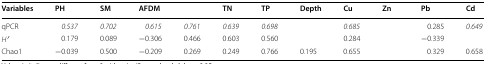
<table><thead><tr><td><b>Variables</b></td><td><b>PH</b></td><td><b>SM</b></td><td><b>AFDM</b></td><td>[EMPTY_CELL]</td><td><b>TN</b></td><td><b>TP</b></td><td><b>Depth</b></td><td><b>Cu</b></td><td><b>Zn</b></td><td><b>Pb</b></td><td><b>Cd</b></td></tr></thead><tbody><tr><td>qPCR</td><td><i>0.537</i></td><td><i>0.702</i></td><td><i>0.615</i></td><td><i>0.761</i></td><td><i>0.639</i></td><td><i>0.698</i></td><td>[EMPTY_CELL]</td><td><i>0.685</i></td><td>[EMPTY_CELL]</td><td>0.285</td><td><i>0.649</i></td></tr><tr><td><i>H′</i></td><td>0.179</td><td>0.089</td><td>−0.306</td><td>0.466</td><td>0.603</td><td>0.560</td><td>[EMPTY_CELL]</td><td>0.284</td><td>[EMPTY_CELL]</td><td>−0.339</td><td>[EMPTY_CELL]</td></tr><tr><td>Chao1</td><td>−0.039</td><td>0.500</td><td>−0.209</td><td>0.269</td><td>0.249</td><td>0.766</td><td>0.195</td><td>0.655</td><td>[EMPTY_CELL]</td><td>0.329</td><td>0.658</td></tr></tbody></table>